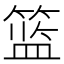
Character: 篮